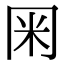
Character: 𭁨